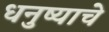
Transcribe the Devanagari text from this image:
धनुष्याचे